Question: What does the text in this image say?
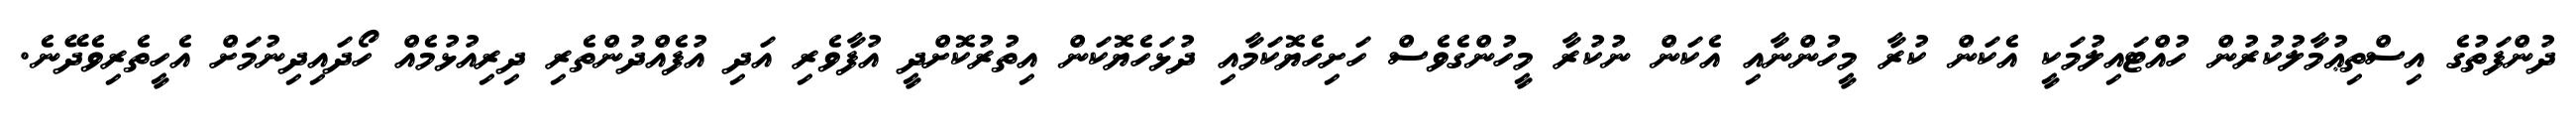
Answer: ދުންފަތުގެ އިސްތިޢުމާލުކުރުން ހުއްޓައިލުމަކީ އެކަން ކުރާ މީހުންނާއި އެކަން ނުކުރާ މީހުންގެވެސް ހަށިހެޔޮކަމާއި ދުޅަހެޔޮކަން އިތުރުކޮށްދީ އުފާވެރި އަދި އުފެއްދުންތެރި ދިރިއުޅުމެއް ހޯދައިދިނުމަށް އެހީތެރިވެދޭނެ.